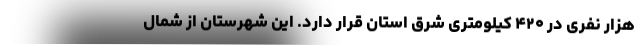
هزار نفری در ۴۲۰ کیلومتری شرق استان قرار دارد. این شهرستان از شمال